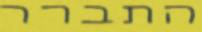
התברר